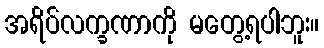
အရိပ်လက္ခဏာကို မတွေ့ရပါဘူး။